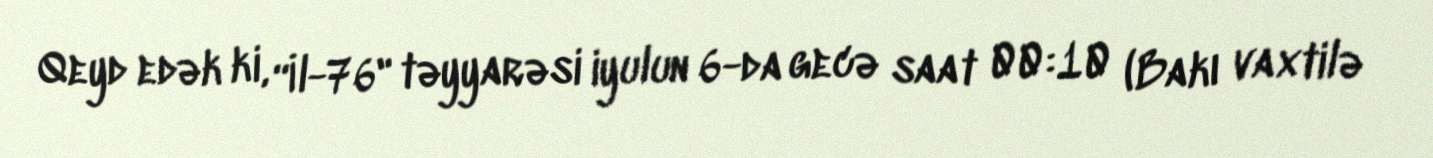
Qeyd edək ki, “İl-76" təyyarəsi iyulun 6-da gecə saat 00:10 (Bakı vaxtilə